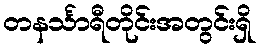
တနင်္သာရီတိုင်းအတွင်းရှိ